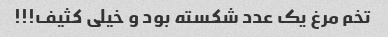
تخم مرغ یک عدد شکسته بود و خیلی کثیف!!!